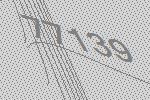
77139